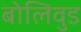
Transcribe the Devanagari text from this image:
बोलिवुड